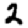
Digit: 2